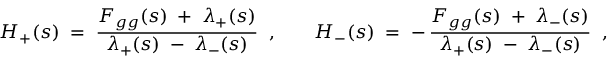
H _ { + } ( s ) \; = \; \frac { F _ { g g } ( s ) \; + \; \lambda _ { + } ( s ) } { \lambda _ { + } ( s ) \; - \; \lambda _ { - } ( s ) } \; \; , \; \; \; \; \; \; \; H _ { - } ( s ) \; = \; - \, \frac { F _ { g g } ( s ) \; + \; \lambda _ { - } ( s ) } { \lambda _ { + } ( s ) \; - \; \lambda _ { - } ( s ) } \; \; ,